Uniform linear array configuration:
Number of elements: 48
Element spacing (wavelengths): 0.5
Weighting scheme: binomial
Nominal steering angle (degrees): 60
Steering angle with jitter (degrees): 59.824
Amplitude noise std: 0.05
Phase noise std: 0.05

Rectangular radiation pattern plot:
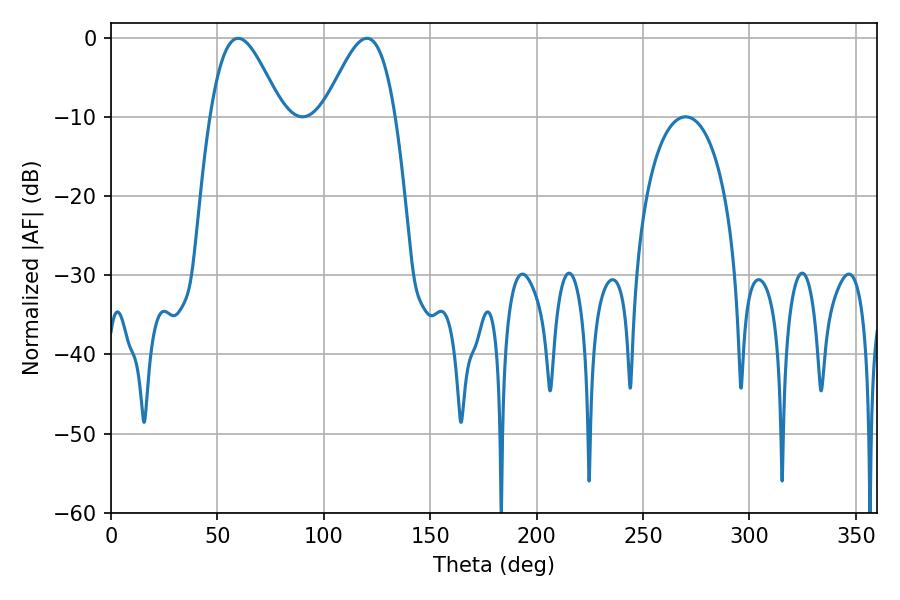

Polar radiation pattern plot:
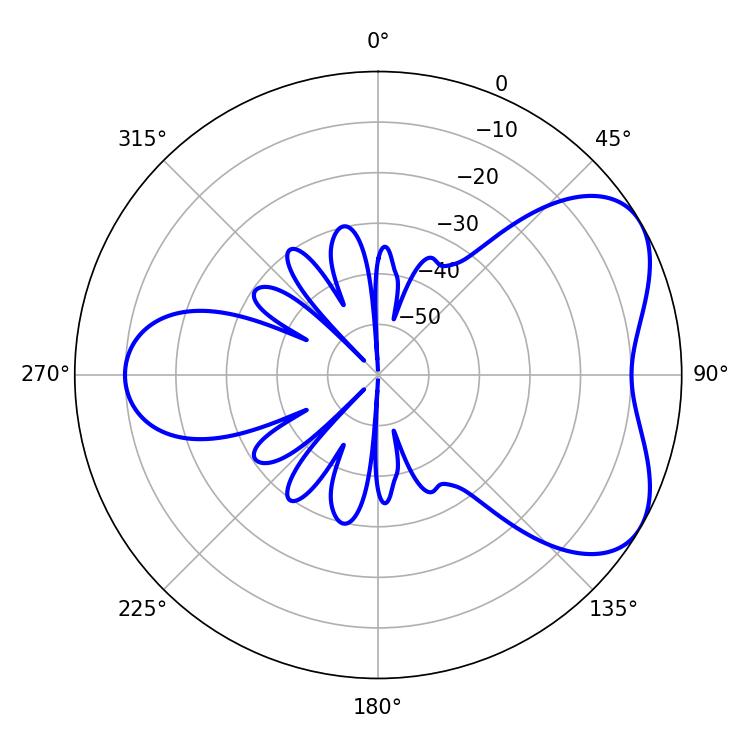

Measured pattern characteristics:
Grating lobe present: FALSE
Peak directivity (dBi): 5.296
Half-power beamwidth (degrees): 18
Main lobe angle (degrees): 59.76